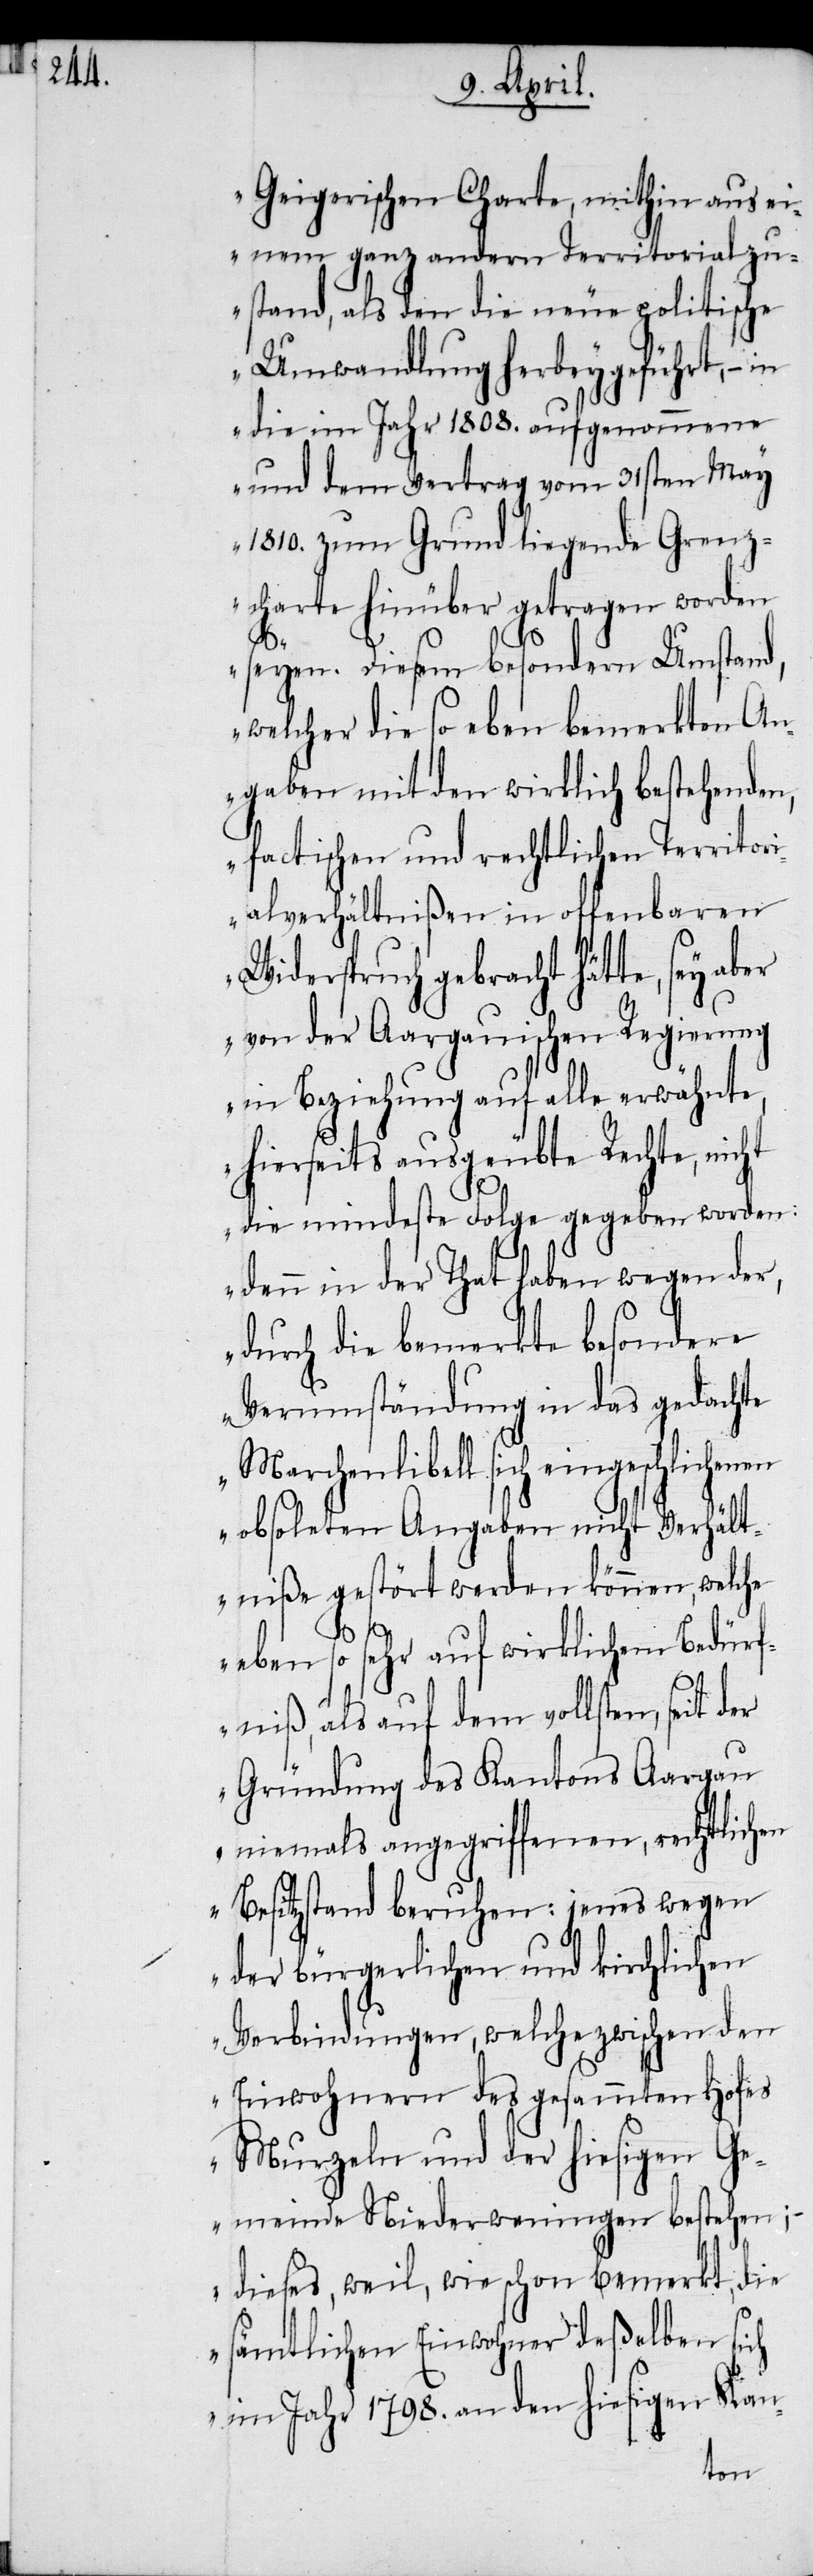
Geigerischen Charte, mithin aus ei¬
nem ganz andern Territorialzu¬
stand, als den die neue politische
Umwandlung herbeygeführt, −
die im Jahr 1808. aufgenommene
und dem Vertrag vom 31sten May
1810. zum Grund liegende Grenz¬
charte hinüber getragen worden
seyen. Diesem besondern Umstand,
welcher die so eben bemerkten An¬
gaben mit den wirklich bestehenden,
factischen und rechtlichen Territori¬
alverhältnißen in offenbaren
Widerspruch gebracht hätte, sey aber
von der Aargauischen Regierung
in Beziehung auf alle erwähnte,
hierseits ausgeübte Rechte, nicht
die mindeste Folge gegeben worden:
denn in der That haben wegen der,
durch die bemerkte besondere
Verumständung in das gedachte
Marchenlibell sich eingeschlichenen
obsoleten Angaben nicht Verhält¬
niße gestört werden können, welche
eben so sehr auf wirklichem Bedürf¬
niß, als auf dem vollsten, seit
Gründung des Kantons Aargau
niemals angegriffenen, rechtlichen
Besitzstand beruhen: jenes wegen
der bürgerlichen und kirchlichen
Verbindungen, welche zwischen den
Einwohnern des gesammten Hofes
Murzeln und der hiesigen Ge¬
meinde Niederweningen bestehen;
dieses, weil, wie schon bemerkt, die
sämtlichen Einwohner deßelben sich
im Jahr 1798. an den hiesigen Kan-